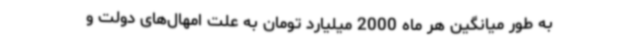
به طور میانگین هر ماه 2000 میلیارد تومان به علت امهال‌های دولت و